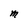
Character: M